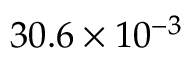
3 0 . 6 \times 1 0 ^ { - 3 }